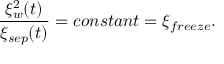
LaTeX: \frac { \xi _ { w } ^ { 2 } ( t ) } { \xi _ { s e p } ( t ) } = c o n s t a n t = \xi _ { f r e e z e } .